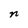
Character: n